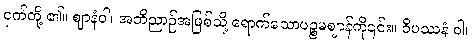
ငှက်တို့ ၏။ ဈာနံဝါ၊ အဘိညာဉ်အဖြစ်သို့ ရောက်သောပဉ္စမဈာန်ကို၎င်း။ ဝိပဿနံ ဝါ၊